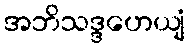
အဘိသဒ္ဒဟေယျံ